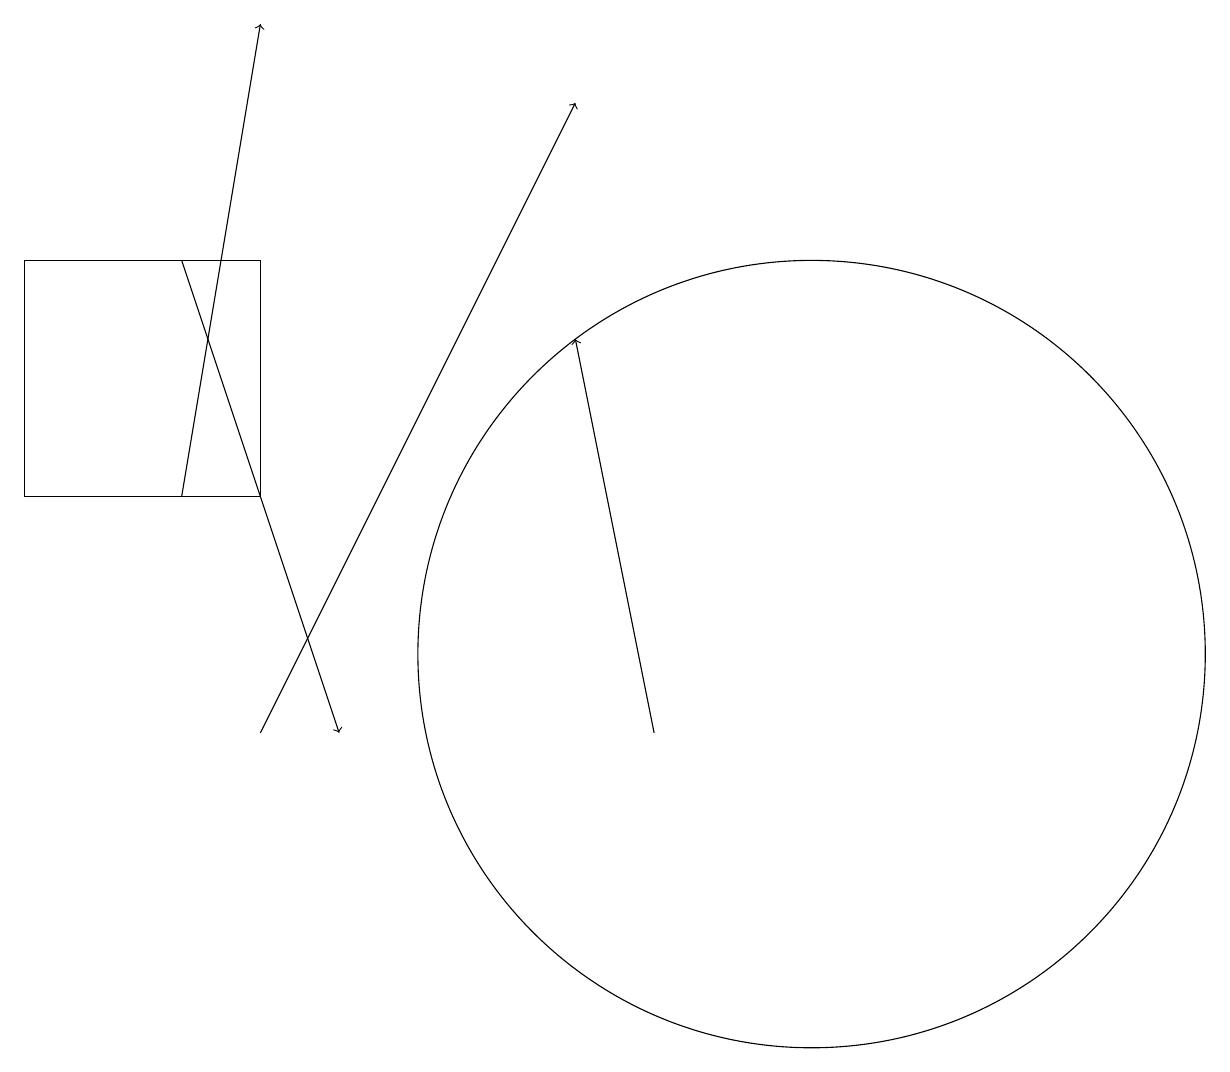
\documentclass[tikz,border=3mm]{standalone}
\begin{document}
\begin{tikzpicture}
\draw[->] (8,10) -- (7,15);
\draw[->] (2,13) -- (3,19);
\draw (3,16) rectangle (0,13);
\draw[->] (3,10) -- (7,18);
\draw[->] (2,16) -- (4,10);
\draw (10,11) circle (0);
\draw (10,11) circle (5);
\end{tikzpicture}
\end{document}